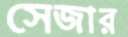
সেজার